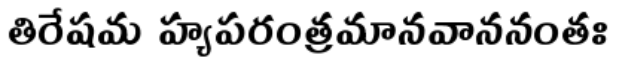
తిరేషమ హ్యపరంత్రమానవాననంతః